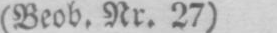
(Beob. Nr. 27)